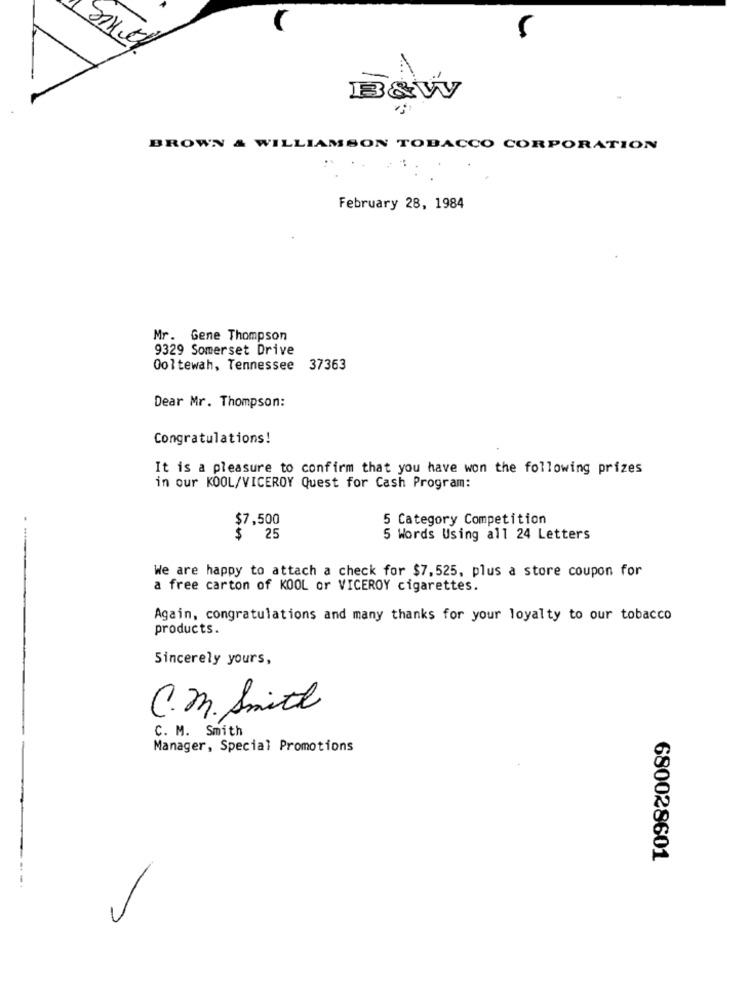
B&W
BROWN & WILLIAMSON TOBACCO CORPORATION
..
February 28, 1984
Mr. Gene Thompson
9329 Somerset Drive
Ool tewah, Tennessee
37363
Dear Mr. Thompson:
Congratulations!
It is a pleasure to confirm that you have won the following prizes
in our KOOL/VICEROY Quest for Cash Program:
$7,500
5 Category Competition
$ 25
5 Words Using all 24 Letters
We are happy to attach a check for $7,525, plus a store coupon for
a free carton of KOOL or VICEROY cigarettes.
Again, congratulations and many thanks for your loyalty to our tobacco
products.
Sincerely yours,
C. m. Smith
C. M. Smith
Manager, Special Promotions
680028601
.-.